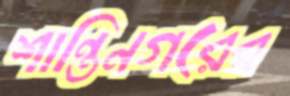
শান্তিনগরের